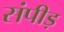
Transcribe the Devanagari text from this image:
संपीड़